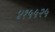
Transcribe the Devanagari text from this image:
४१५५२५